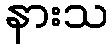
နားသ